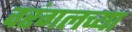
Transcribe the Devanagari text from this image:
वरंगलच्या